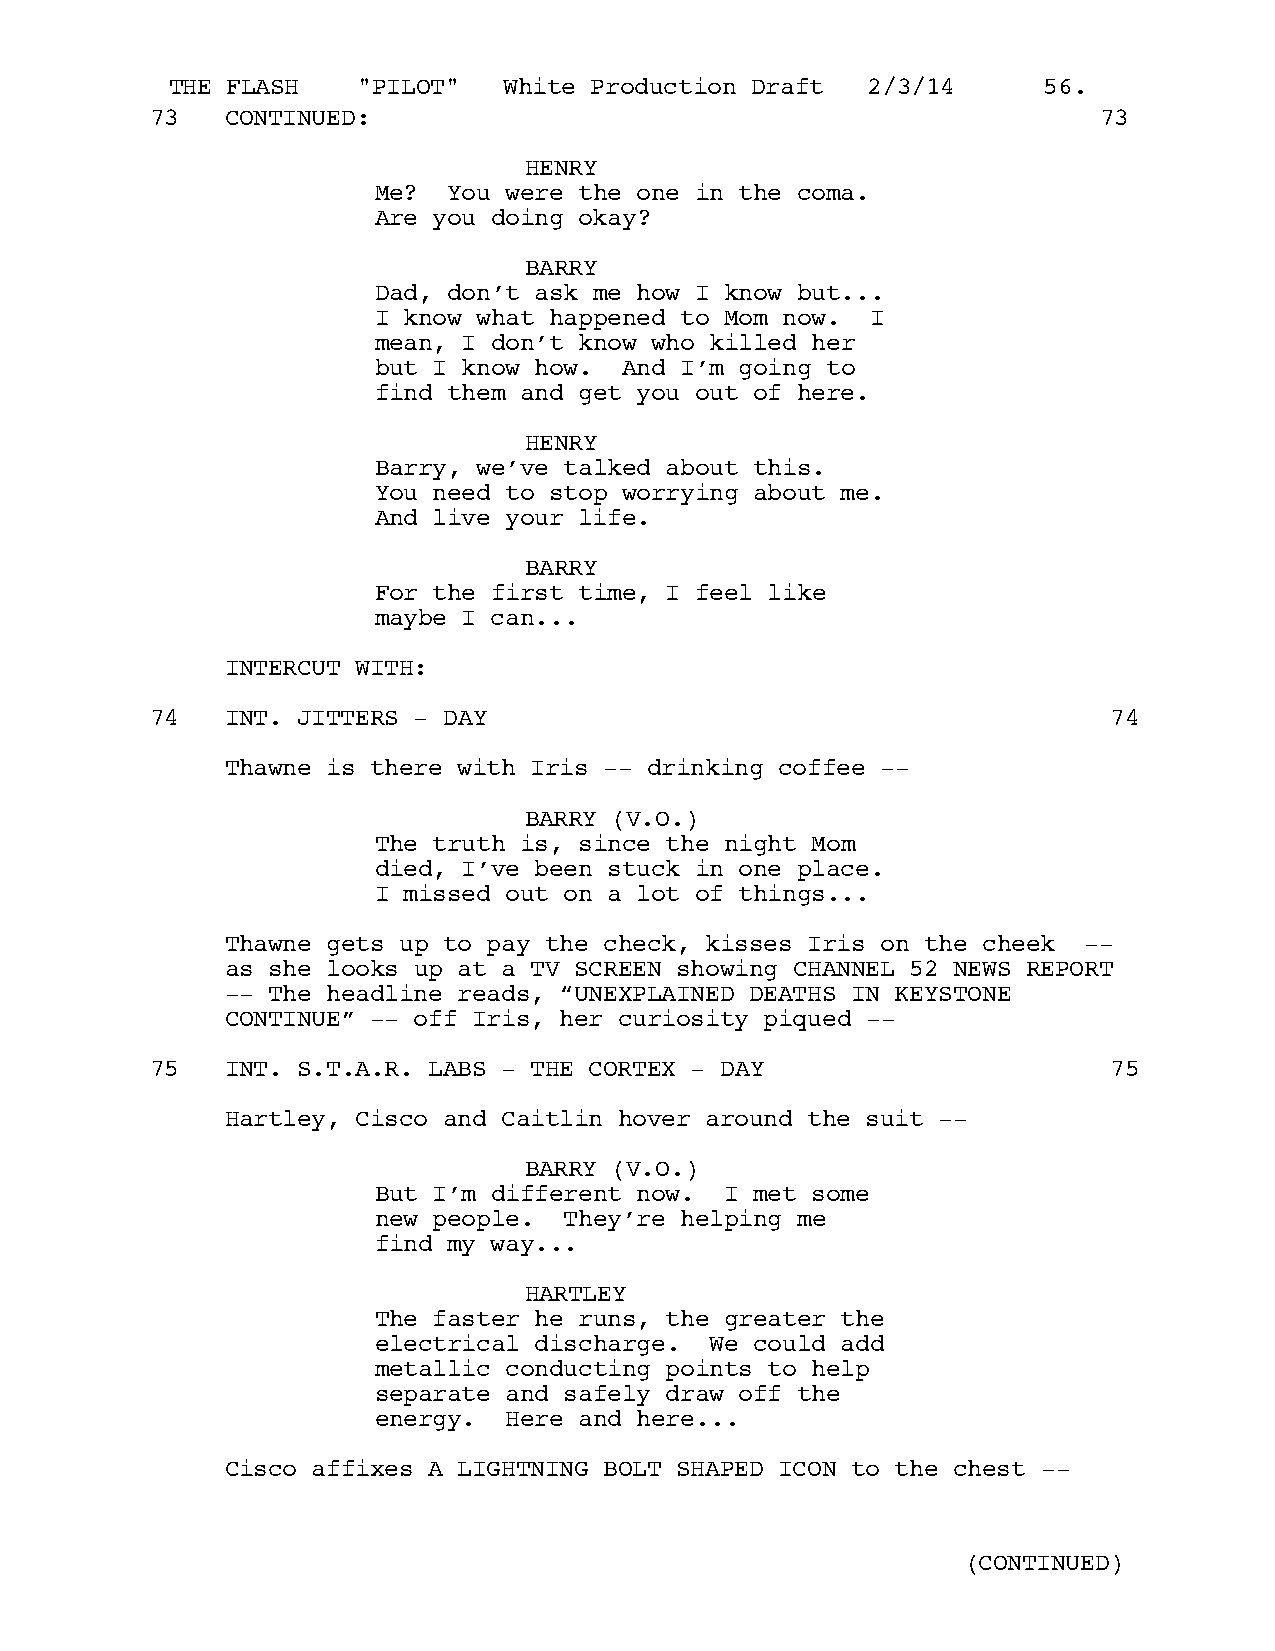
THE FLASH    "PILOT"  White Production Draft  2/3/14      56.
 73   CONTINUED:                                                73
 HENRY
 Me?  You were the one in the coma.
 Are you doing okay?
 BARRY
 Dad, don’t ask me how I know but...
 I know what happened to Mom now. I
 mean, I don’t know who killed her
 but I know how. And I’m going to
 find them and get you out of here.
 HENRY
 Barry, we’ve talked about this.
 You need to stop worrying about me.
 And live your life.
 BARRY
 For the first time, I feel like
 maybe I can...
 INTERCUT WITH:
 74   INT. JITTERS - DAY                                         74
 Thawne is there with Iris -- drinking coffee --
 BARRY (V.O.)
 The truth is, since the night Mom
 died, I’ve been stuck in one place.
 I missed out on a lot of things...
 Thawne gets up to pay the check, kisses Iris on the cheek --
 as she looks up at a TV SCREEN showing CHANNEL 52 NEWS REPORT
 -- The headline reads, “UNEXPLAINED DEATHS IN KEYSTONE
 CONTINUE” -- off Iris, her curiosity piqued --
 75   INT. S.T.A.R. LABS - THE CORTEX - DAY                      75
 Hartley, Cisco and Caitlin hover around the suit --
 BARRY (V.O.)
 But I’m different now. I met some
 new people. They’re helping me
 find my way...
 HARTLEY
 The faster he runs, the greater the
 electrical discharge. We could add
 metallic conducting points to help
 separate and safely draw off the
 energy.  Here and here...
 Cisco affixes A LIGHTNING BOLT SHAPED ICON to the chest --
 (CONTINUED)